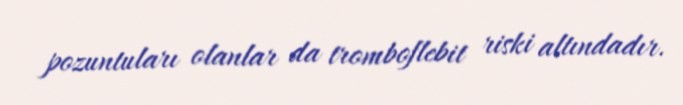
pozuntuları olanlar da tromboflebit riski altındadır.